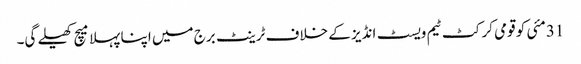
31مئی کو قومی کرکٹ ٹیم ویسٹ انڈیز کے خلاف ٹرینٹ برج میں اپنا پہلا میچ کھیلے گی۔